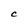
Character: C